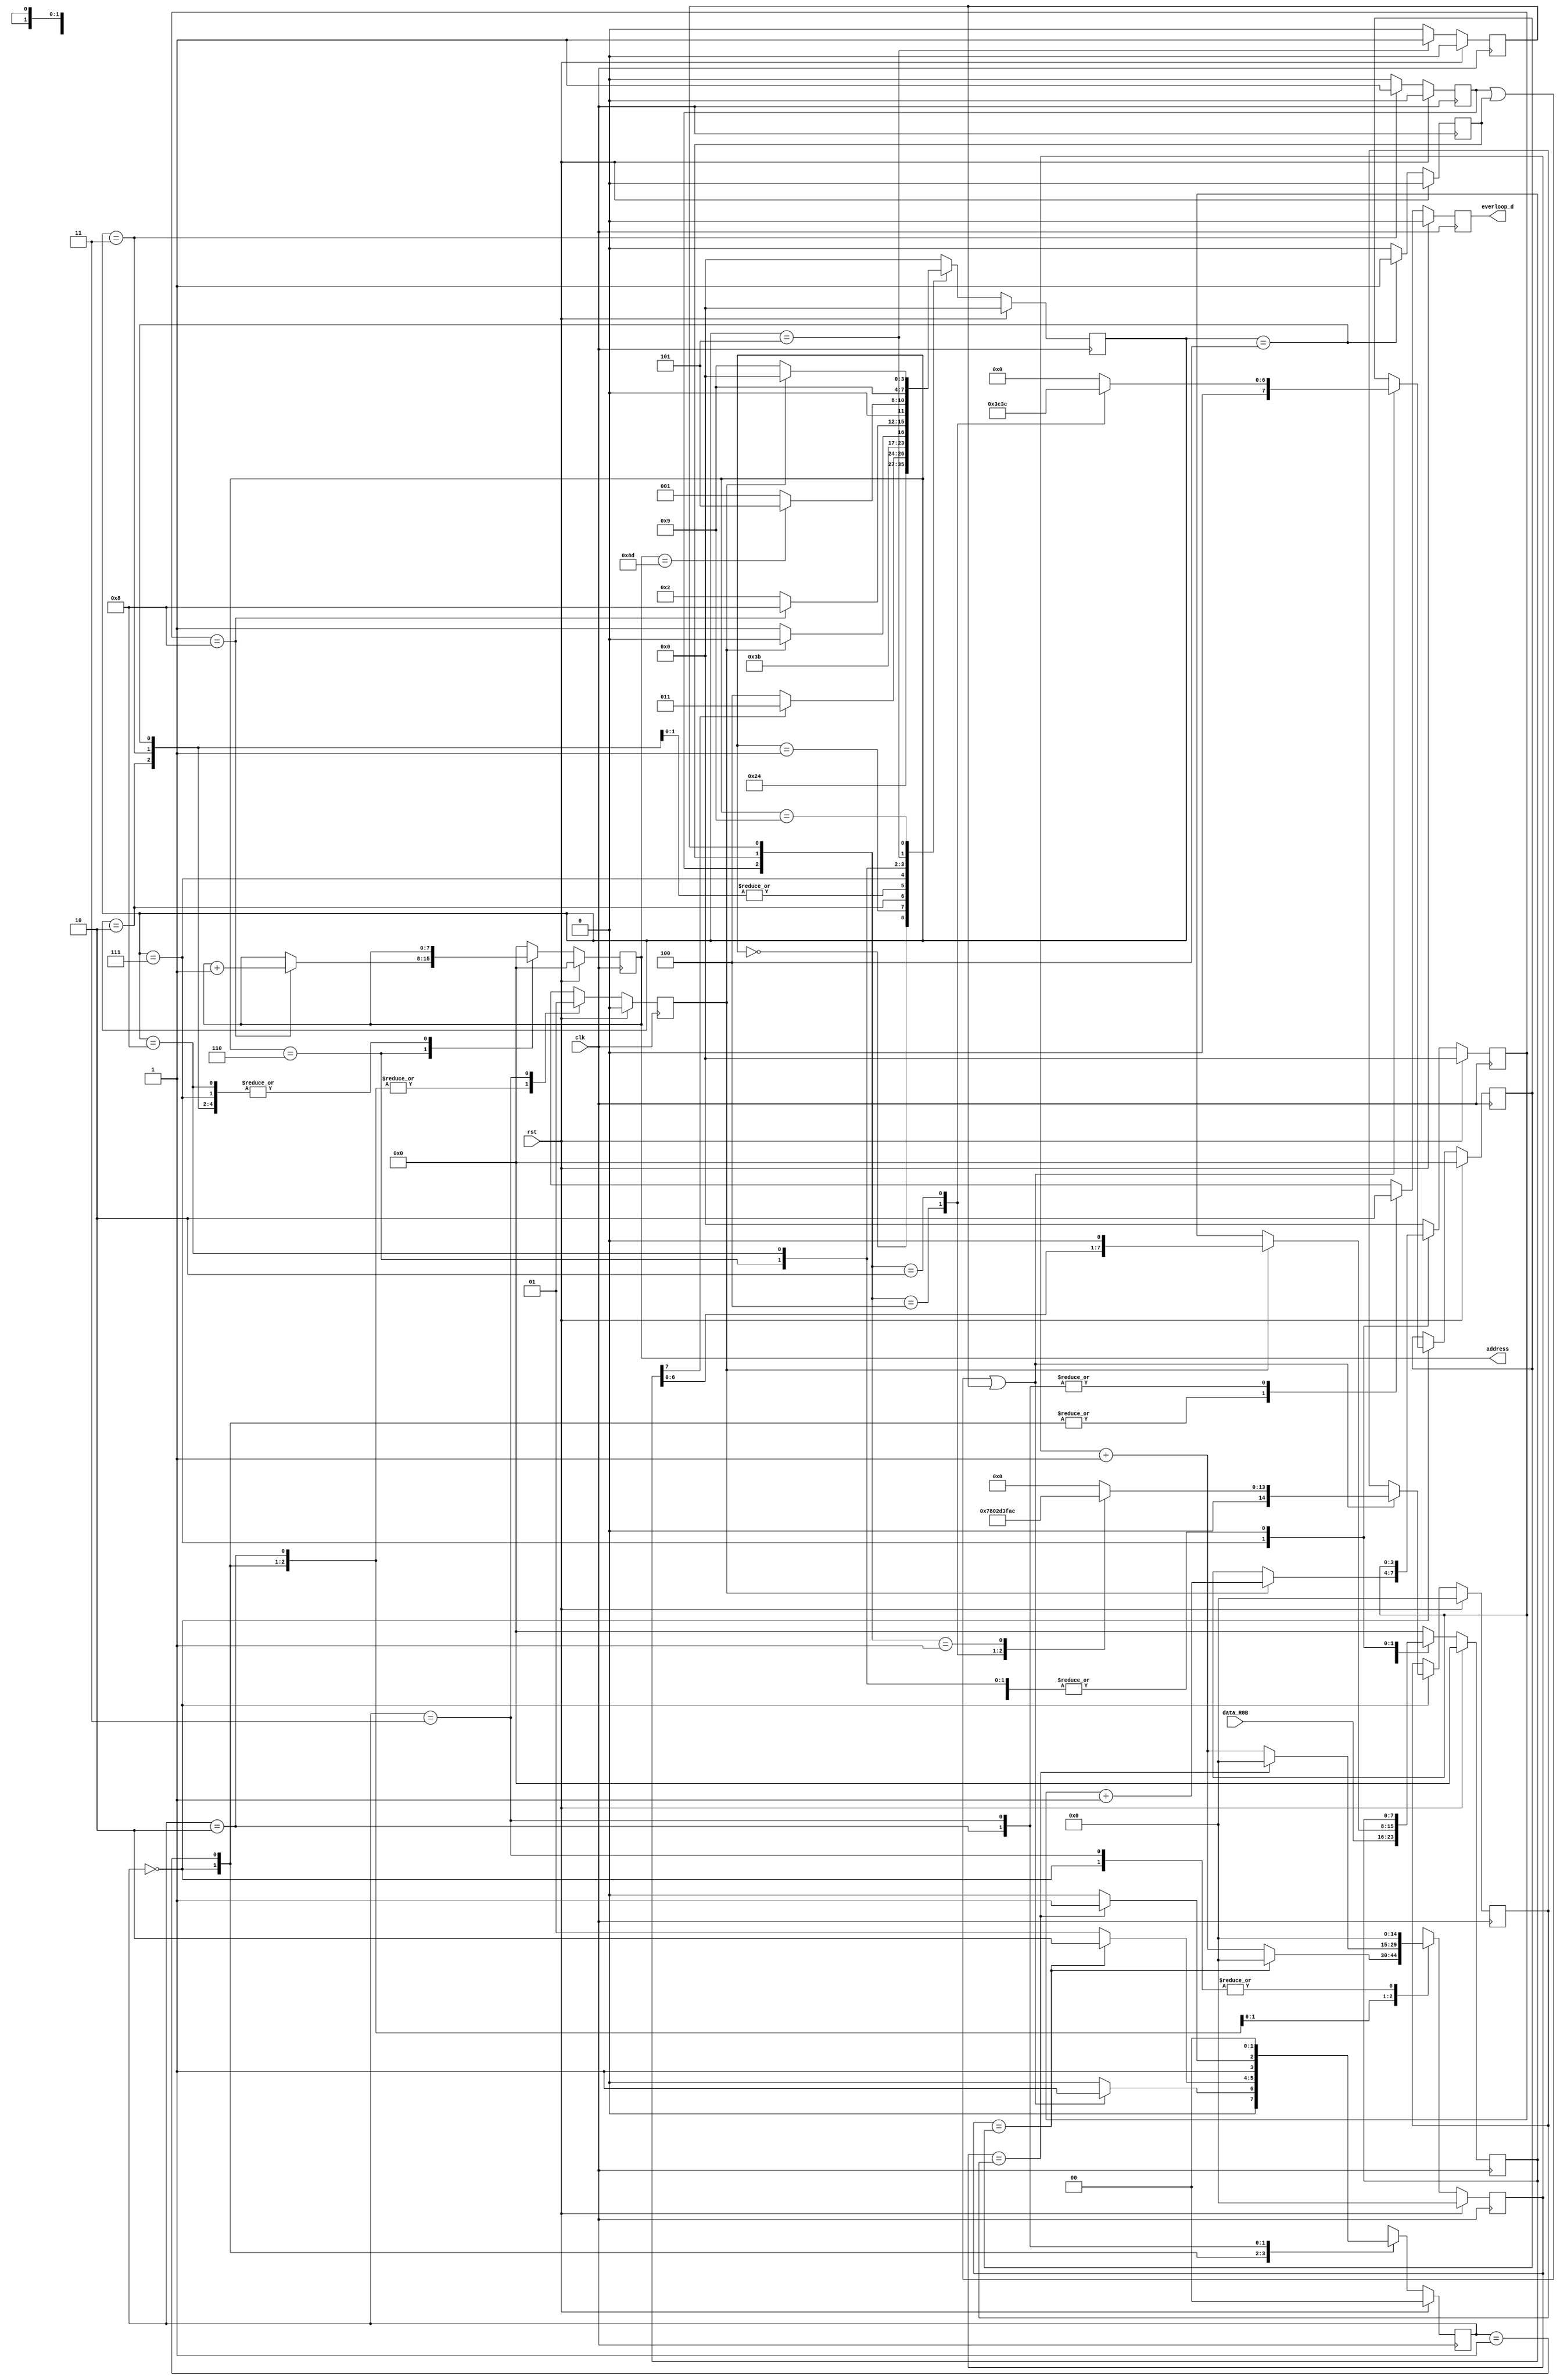
module everloop (
  input clk,rst,
  // Memory signals
  output reg [7:0] address,
  input [7:0] data_RGB,
  // Led control signal
  output reg everloop_d
);

reg [14:0]clk_cnt;

reg send_hi;
reg send_low;
reg send_rst;
reg start_send;
reg finish_send;
reg [3:0] bit_count;
reg [7:0]data;


//type state_type is (INIT, LD_DATA, CHECK, SEND_ONE,
//                    SEND_ZERO, SEND_RESET, NEXT_BIT, WAIT_SEND, 
//                    NEXT_BYTE, WAIT_RESET);
//);


parameter INIT      = 4'b0000, LD_DATA    = 4'b0001, CHECK    = 4'b0010, SEND_ONE  = 4'b0011,
          SEND_ZERO = 4'b0100, SEND_RESET = 4'b0101, NEXT_BIT = 4'b0110, WAIT_SEND = 4'b0111, 
          NEXT_BYTE = 4'b1000, WAIT_RESET = 4'b1001;

reg [3:0] state;


always @ (posedge clk) begin
  if (rst) begin
    send_hi    <= 0;
    send_low   <= 0;
    send_rst   <= 0;
    start_send <= 0;
    address    <= 0;
    bit_count  <= 0;
    data       <= 0;
    state      <= INIT;    
  end // end main if
  else begin
    case(state)
      INIT: begin
        send_hi    <= 0;
        send_low   <= 0;
        send_rst   <= 0;
        start_send <= 0;
        address    <= 0;
        bit_count  <= 0;
        data       <= 0;
        state      <= LD_DATA;
      end

      LD_DATA: begin
        send_hi    <= 0;
        send_low   <= 0;
        send_rst   <= 0;
        start_send <= 0;
        address    <= address;
        bit_count  <= 0;
        data       <= data_RGB;
        state      <= CHECK;
      end

      CHECK: begin
        send_hi    <= 0;
        send_low   <= 0;
        send_rst   <= 0;
        start_send <= 0;
        address    <= address;
        bit_count  <= bit_count;
        data       <= data;
        if (data[7])
          state      <= SEND_ONE;
        else
          state      <= SEND_ZERO;
      end


      SEND_ONE: begin
        send_hi    <= 1;
        send_low   <= 0;
        send_rst   <= 0;
        start_send <= 0;
        address    <= address;
        bit_count  <= bit_count;
        data       <= data;
        state      <= WAIT_SEND;
      end

      SEND_ZERO: begin
        send_hi    <= 0;
        send_low   <= 1;
        send_rst   <= 0;
        start_send <= 0;
        address    <= address;
        bit_count  <= bit_count;
        data       <= data;
        state      <= WAIT_SEND;
      end

      WAIT_SEND: begin
        send_hi    <= 0;
        send_low   <= 0;
        send_rst   <= 0;
        start_send <= 0;
        address    <= address;
        if (finish_send) begin
          bit_count <= bit_count + 1;
          data      <= data << 1;
          state     <= NEXT_BIT;
        end else begin
          bit_count <= bit_count;
          data      <= data;
          state     <= WAIT_SEND;
        end
      end


      NEXT_BIT: begin
        send_hi    <= 0;
        send_low   <= 0;
        send_rst   <= 0;
        start_send <= 0;
        bit_count  <= bit_count;
        data       <= data;
        if (bit_count == 4'b1000) begin
          state    <= NEXT_BYTE;
          address  <= address + 1;
        end else begin
          state    <= CHECK;
          address  <= address;
        end
      end

      NEXT_BYTE: begin
        send_hi    <= 0;
        send_low   <= 0;
        send_rst   <= 0;
        start_send <= 0;
        address    <= address;
        bit_count  <= bit_count;
        data       <= data;
        if (address == 8'd141)
          state    <= SEND_RESET;
        else
          state    <= LD_DATA;
      end


      SEND_RESET: begin
        send_hi    <= 0;
        send_low   <= 0;
        send_rst   <= 1;
        start_send <= 0;
        address    <= address;
        bit_count  <= bit_count;
        data       <= data;
        state      <= WAIT_RESET;
      end

      WAIT_RESET: begin
        send_hi    <= 0;
        send_low   <= 0;
        send_rst   <= 0;
        start_send <= 0;
        address    <= address;
        bit_count  <= bit_count;
        data       <= data;
        if (finish_send)  
          state    <= INIT;
        else
          state    <= WAIT_RESET;
      end

      default: begin
        send_hi    <= 0;
        send_low   <= 0;
        send_rst   <= 0;
        start_send <= 0;
        address    <= 0;
        bit_count  <= 0;
        data       <= 0;
        state      <= INIT;
      end
   endcase

  end // end else 
end


//clk_cnt


parameter WAIT_INIT = 2'b00, WAIT_ONE =2'b01, WAIT_ZERO = 2'b10, EXIT = 2'b11;
reg [1:0] send_state;
reg [7:0] ones_count;
reg [14:0] zeros_count;


always @ (negedge clk) begin
  if (rst) begin
    finish_send  <= 1'b0;
    send_state   <= WAIT_INIT;
    clk_cnt      <= 0;  
    everloop_d   <= 0;  
    ones_count   <= 0;
    zeros_count  <= 0;
  end // end main if
  else begin
    case (send_state)
      WAIT_INIT: begin
        finish_send  <= 1'b0;
        clk_cnt      <= 0;
        everloop_d   <= 1;           // Always start with 1  4 clock cicles before count increment
        if(send_hi || send_low || send_rst) begin
          case ({send_hi, send_low, send_rst})
            3'b100: begin
              ones_count  <= 8'd120;
              zeros_count <= 13'd120;
            end
            3'b010: begin
              ones_count  <= 8'd60;
              zeros_count <= 13'd180;
            end
            3'b001: begin
              ones_count  <= 0;
              zeros_count <= 15'd16300;
            end
             default: begin
              ones_count  <= 0;
              zeros_count <= 0;
             end
          endcase
          send_state   <= WAIT_ONE;
        end else
          send_state   <= WAIT_INIT;
      end

      WAIT_ONE: begin
        zeros_count  <= zeros_count;
        ones_count   <= ones_count;
        finish_send  <= 1'b0;
        everloop_d   <= 1;
        clk_cnt      <= clk_cnt + 1;
        if (clk_cnt == ones_count) begin
          send_state   <= WAIT_ZERO;
          clk_cnt      <= 0;
        end else
          send_state   <= WAIT_ONE;
      end
      
      WAIT_ZERO: begin
        zeros_count  <= zeros_count;
        ones_count   <= ones_count;
        finish_send  <= 1'b0;
        everloop_d   <= 0;
        clk_cnt      <= clk_cnt + 1;
        if (clk_cnt == zeros_count) begin
          send_state   <= EXIT;
          clk_cnt      <= 0;
        end else
          send_state   <= WAIT_ZERO;
      end

      EXIT: begin
        zeros_count  <= zeros_count;
        ones_count   <= ones_count;
        finish_send  <= 1'b1;
        everloop_d   <= 0;
        clk_cnt      <= 0;
        send_state   <= WAIT_INIT;
      end

      default: begin
        zeros_count  <= zeros_count;
        ones_count   <= ones_count;
        finish_send  <= 1'b0;
        everloop_d   <= 0;
        clk_cnt      <= 0;
        send_state   <= WAIT_INIT;
      end
    endcase
  end // end else
end // end always


endmodule